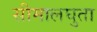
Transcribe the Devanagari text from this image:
सीमालघुता